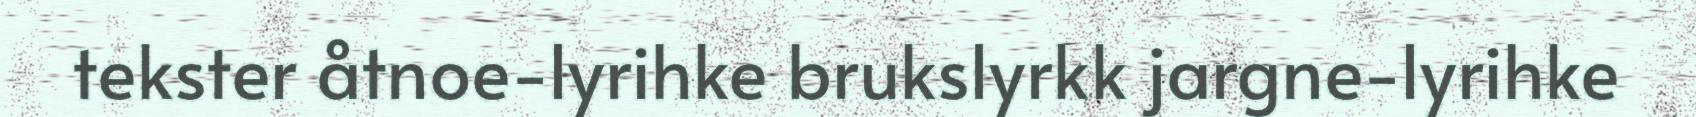
tekster åtnoe-lyrihke brukslyrkk jargne-lyrihke